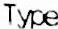
TYPE